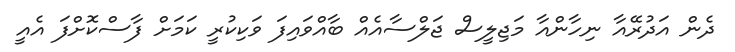
ދެން އަދުރޭއާ ނިހާންއާ މަޖިލީސް ޖަލްސާއެއް ބާއްވައިފަ ވަކިކުރީ ކަމަށް ފާސްކޮށްފަ އެއީ